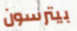
بيترسون